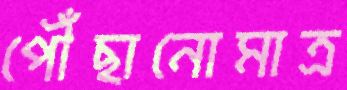
পৌঁছানোমাত্র